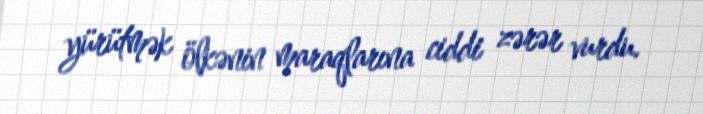
yürütmək ölkənin maraqlarına ciddi zərər vurdu.